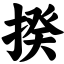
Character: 揆